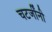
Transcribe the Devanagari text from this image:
चटर्जींनी